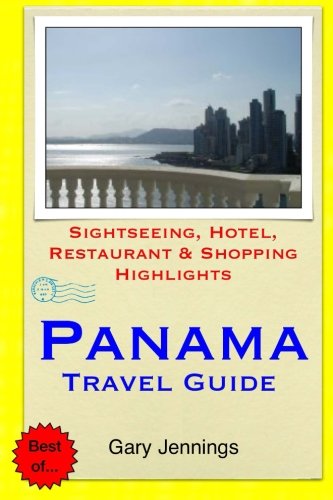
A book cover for Panama Travel Guide: Sightseeing, Hotel, Restaurant & Shopping Highlights; Gary Jennings; Travel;